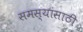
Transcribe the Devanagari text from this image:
समस्यांसाठी